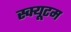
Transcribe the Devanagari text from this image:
स्क्यूटम